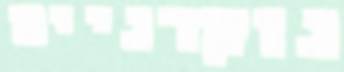
נוקדניים